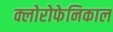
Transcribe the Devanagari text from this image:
क्लोरोफेनिकाल